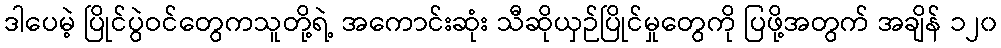
ဒါပေမဲ့ ပြိုင်ပွဲဝင်တွေကသူတို့ရဲ့ အကောင်းဆုံး သီဆိုယှဉ်ပြိုင်မှုတွေကို ပြဖို့အတွက် အချိန် ၁၂၀